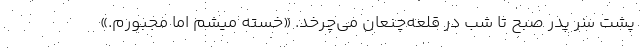
پشت‌ سر پدر صبح تا شب در قلعه‌چنعان می‌چرخد. «خسته میشم اما مجبورم.»